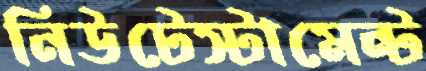
নিউটেস্টামেন্ট